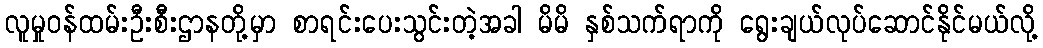
လူမှုဝန်ထမ်းဦးစီးဌာနတို့မှာ စာရင်းပေးသွင်းတဲ့အခါ မိမိ နှစ်သက်ရာကို ရွေးချယ်လုပ်ဆောင်နိုင်မယ်လို့